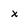
Character: x